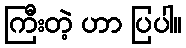
ကြီးတဲ့ ဟာ ပြပါ။